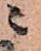
ニ